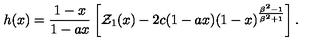
h ( x ) = { \frac { 1 - x } { 1 - a x } } \left[ { \cal Z } _ { 1 } ( x ) - 2 c ( 1 - a x ) ( 1 - x ) ^ { \frac { \beta ^ { 2 } - 1 } { \beta ^ { 2 } + 1 } } \right] .